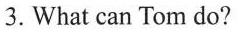
3. What can Tom do?